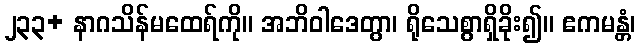
၂၃၃+ နာဂသိန်မထေရ်ကို။ အဘိဝါဒေတွာ၊ ရိုသေစွာရှိခိုး၍။ ဧကမန္တံ၊